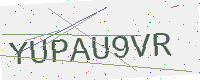
Text: YUPAU9VR